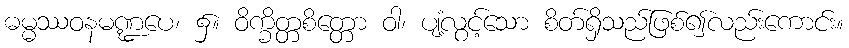
ဓမ္မဿဝနမဏ္ဍပေ၊ ၌။ ဝိက္ခိတ္တစိတ္တော ဝါ၊ ပျံ့လွင့်သော စိတ်ရှိသည်ဖြစ်၍လည်းကောင်း။